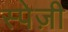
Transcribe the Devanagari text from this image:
स्पेज़ी